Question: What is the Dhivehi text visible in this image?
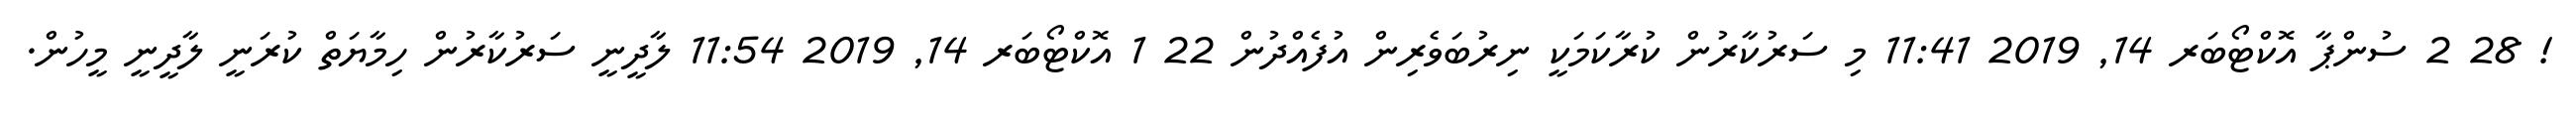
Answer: ! 28 2 ސުންޕާ އޮކްޓޯބަރ 14, 2019 11:41 މި ސަރުކާރުން ކުރާކަމަކީ ނިރުބަވެރިން އުފެއްދުން 22 1 އޮކްޓޯބަރ 14, 2019 11:54 ލާދީނީ ސަރުކާރުން ހިމާޔަތް ކުރަނީ ލާދީނީ މީހުން.